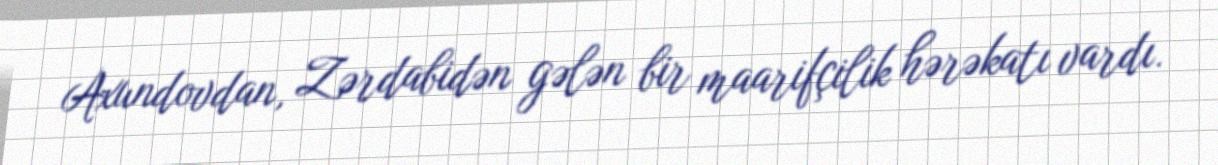
Axundovdan, Zərdabidən gələn bir maarifçilik hərəkatı vardı.